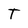
Character: T